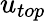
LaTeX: {u}_{top}